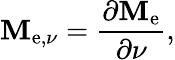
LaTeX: \mathbf{M}_{\mathrm{{e}},\nu}={\frac{{\partial\mathbf{M}_{\mathrm{{e}}}}}{{\partial\nu}}},